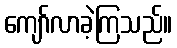
ကျော်လာခဲ့ကြသည်။